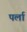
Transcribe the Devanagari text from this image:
पर्ला